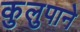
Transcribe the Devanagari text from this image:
कुलुपाने